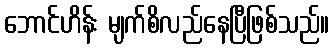
ဘောင်ဟိန်း မျက်စိလည်နေပြီဖြစ်သည်။